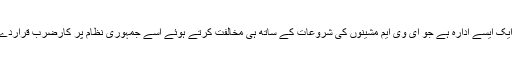
بام سیف ایک ایسے ادارہ ہے جو ای وی ایم مشینوں کی شروعات کے ساتھ ہی مخالفت کرتے ہوئے اسے جمہوری نظام پر کارضرب قراردے رہا ہے۔